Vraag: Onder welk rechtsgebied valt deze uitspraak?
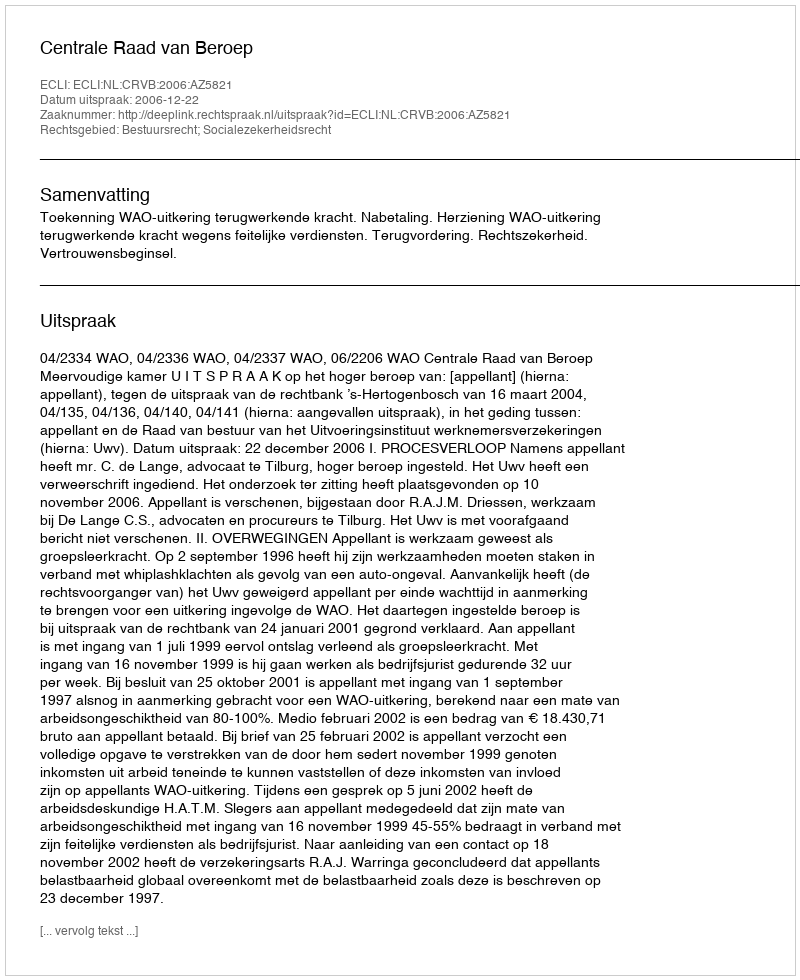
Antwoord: Bestuursrecht; Socialezekerheidsrecht